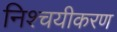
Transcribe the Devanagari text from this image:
निश्चयीकरण